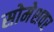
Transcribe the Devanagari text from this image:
सोमेशवर